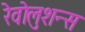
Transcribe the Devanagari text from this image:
रेवोलुशन्स